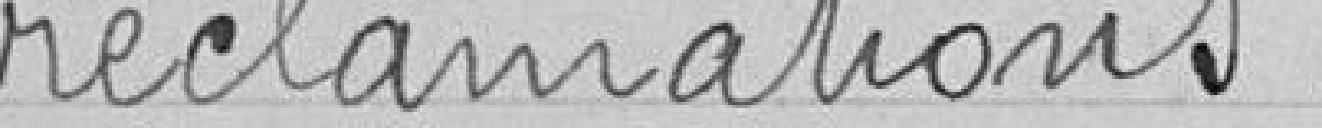
réclamations.